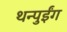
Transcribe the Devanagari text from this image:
थन्पुईंग